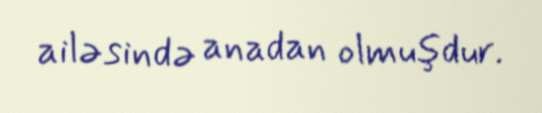
ailəsində anadan olmuşdur.